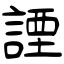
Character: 諲